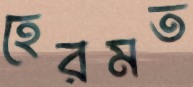
হেরমত